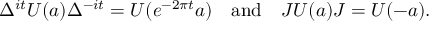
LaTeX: \Delta ^ { i t } U ( a ) \Delta ^ { - i t } = U ( e ^ { - 2 \pi t } a ) \quad \mathrm { a n d } \quad J U ( a ) J = U ( - a ) .